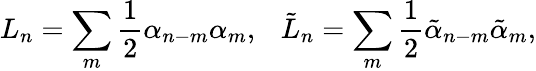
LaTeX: L_{n}=\sum_{m}\frac 12\alpha_{n-m}\alpha_{m},~~~\tilde{L}_{n}=\sum_{m}\frac 12\tilde{\alpha}_{n-m}\tilde{\alpha}_{m},